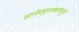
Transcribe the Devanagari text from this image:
शालेयपुस्तकांमधून